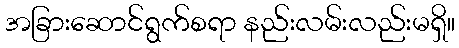
အခြားဆောင်ရွက်စရာ နည်းလမ်းလည်းမရှိ။